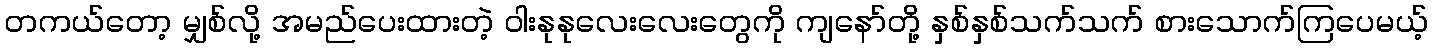
တကယ်တော့ မျှစ်လို့ အမည်ပေးထားတဲ့ ဝါးနုနုလေးလေးတွေကို ကျနော်တို့ နှစ်နှစ်သက်သက် စားသောက်ကြပေမယ့်